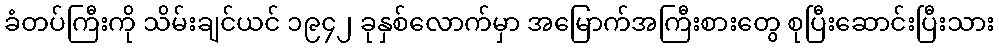
ခံတပ်ကြီးကို သိမ်းချင်ယင် ၁၉၄၂ ခုနှစ်လောက်မှာ အမြောက်အကြီးစားတွေ စုပြီးဆောင်းပြီးသား